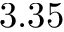
3 . 3 5